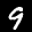
Label: 9